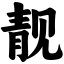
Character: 靓